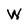
Character: W